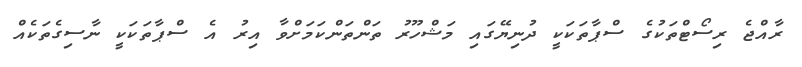
ރާއްޖެ ރިސޯޓްތަކުގެ ސްޕާތަކަކީ ދުނިޔޭގައި މަޝްހޫރު ތަންތަންކަމަށްވާ އިރު އެ ސްޕާތަކަކީ ނާސިގެތަކެއް